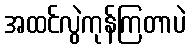
အထင်လွဲကုန်ကြတာပဲ